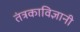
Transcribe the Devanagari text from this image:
तंत्रकाविज्ञानी